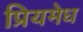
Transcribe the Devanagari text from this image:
प्रियमेध